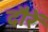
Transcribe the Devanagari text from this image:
दौरें